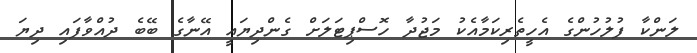
ލަންކާ ފުލުހުންގެ އެހީތެރިކަމާއެކު މަޖުދާ ހޮސްޕިޓަލަށް ގެންދިޔައީ އޭނާގެ ބޭބެ ދުއްވާފައި ދިޔަ